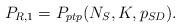
LaTeX: \begin{align*}P_{R,1}=P_{ptp}(N_{S},K,p_{SD}).\end{align*}